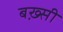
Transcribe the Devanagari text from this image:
बख़्सी